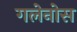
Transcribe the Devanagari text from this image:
गलेनोस